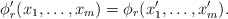
\begin{align*}\phi'_r(x_1,\ldots,x_{m})=\phi_r(x'_1,\ldots,x'_m).\end{align*}